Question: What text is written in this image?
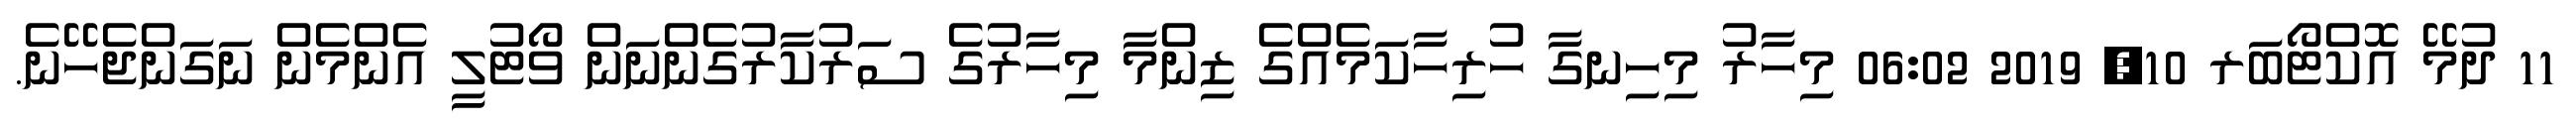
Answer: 11 ދުމޭ އޮކްޓޯބަރ 10, 2019 06:02 މިހާރު މިހިނގާ ހުރިހާކަމެއްގެ ޒިންމާ މިހާރުގެ ސަރުކާރުގެންނަން ވޯޓުލީ އެންމެން ނަގަންޖެހޭނެ.